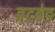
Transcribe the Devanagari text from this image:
बटबङ